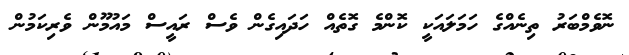
ނޮވެމްބަރު ތިނެއްގެ ހަމަލައަކީ ކޮންމެ ގޮތެއް ހަދައިގެން ވެސް ރައީސް މައުމޫން ވެރިކަމުން